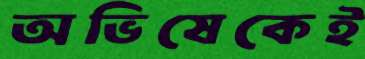
অভিষেকেই